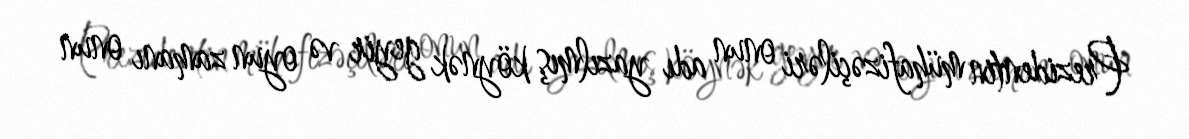
Prezidentin mühafizəçiləri onun adı yazılmış köynək geyir və oyun zamanı onun